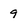
Character: 9